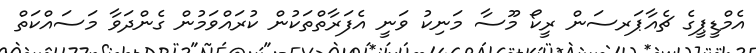
އެމްޑީޕީގެ ޗެއާޕަރސަން ރީކޯ މޫސާ މަނިކު ވަނީ އެފަރާތްތަކުން ކުރައްވަމުން ގެންދަވާ މަސައްކަތް